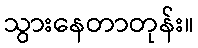
သွားနေတာတုန်း။